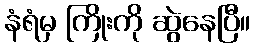
နံရံမှ ကြိုးကို ဆွဲနေပြီ။